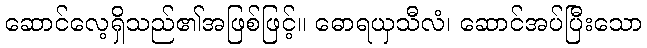
ဆောင်လေ့ရှိသည်၏အဖြစ်ဖြင့်။ ဓောရယှသီလံ၊ ဆောင်အပ်ပြီးသော